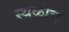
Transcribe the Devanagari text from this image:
स्थळीच